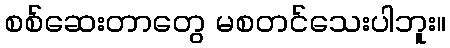
စစ်ဆေးတာတွေ မစတင်သေးပါဘူး။